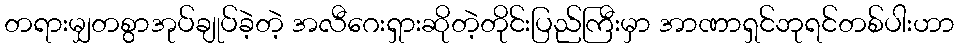
တရားမျှတစွာအုပ်ချုပ်ခဲ့တဲ့ အလီဂေးရှားဆိုတဲ့တိုင်းပြည်ကြီးမှာ အာဏာရှင်ဘုရင်တစ်ပါးဟာ